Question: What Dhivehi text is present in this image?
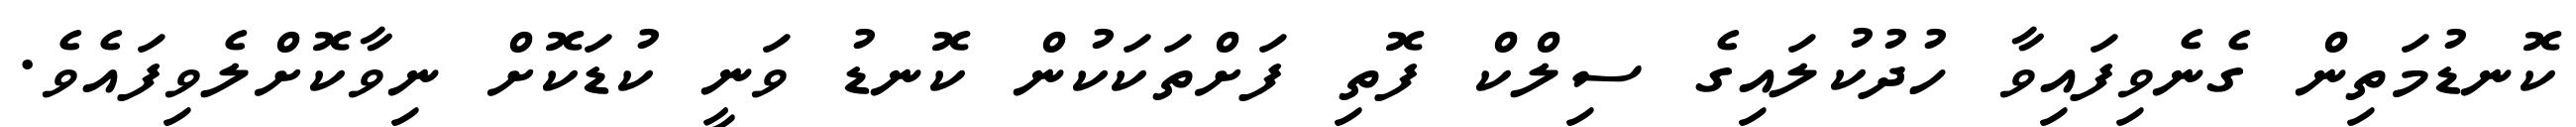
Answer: ކޮނޑުމަތިން ގެނެވިފައިވާ ހުދުކުލައިގެ ސިލްކް ފޮތި ފަށްތަކަކުން ކޮނޑު ވަނީ ކުޑަކޮށް ނިވާކޮށްލެވިފައެވެ.